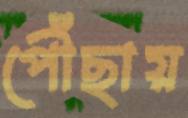
পৌঁছায়